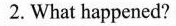
2.What happened?